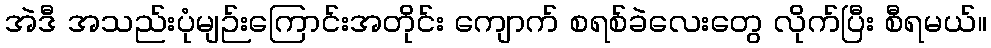
အဲဒီ အသည်းပုံမျဉ်းကြောင်းအတိုင်း ကျောက် စရစ်ခဲလေးတွေ လိုက်ပြီး စီရမယ်။